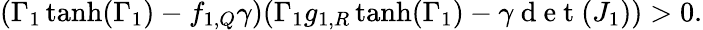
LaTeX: (\Gamma_{1}\operatorname{tanh}(\Gamma_{1})-f_{1,Q}\gamma)(\Gamma_{1}g_{1,R}\operatorname{tanh}(\Gamma_{1})-\gamma\mathrm{~d~e~t~}(J_{1}))>0.